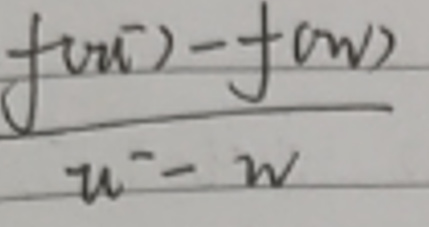
$\frac{f(u)-f(w)}{u - w}$